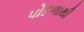
પોદળાથી